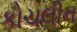
કોચલીન